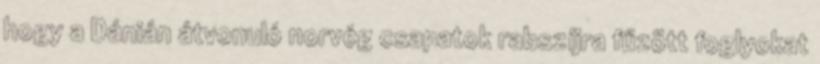
hogy a Dánián átvonuló norvég csapatok rabszíjra fűzött foglyokat